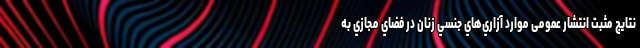
نتايج مثبت انتشار عمومی موارد آزاري‌هاي جنسي زنان در فضاي مجازي به